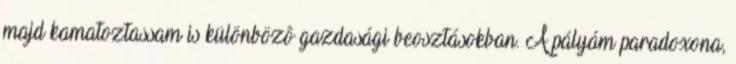
majd kamatoztassam is különbözô gazdasági beosztásokban. A pályám paradoxona,